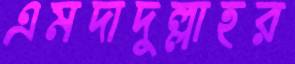
এমদাদুল্লাহর